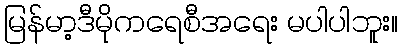
မြန်မာ့ဒီမိုကရေစီအရေး မပါပါဘူး။